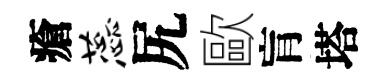
瘡蕊尻歐肓塔